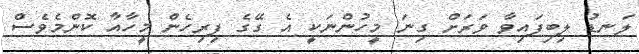
ލަނޑު ލިބިފައިވާ ވަރަށް ގިނަ މީހުންނަކީ އެ ގޭގެ ފިރިހެން މީހާއާ ކޮންމެވެސް